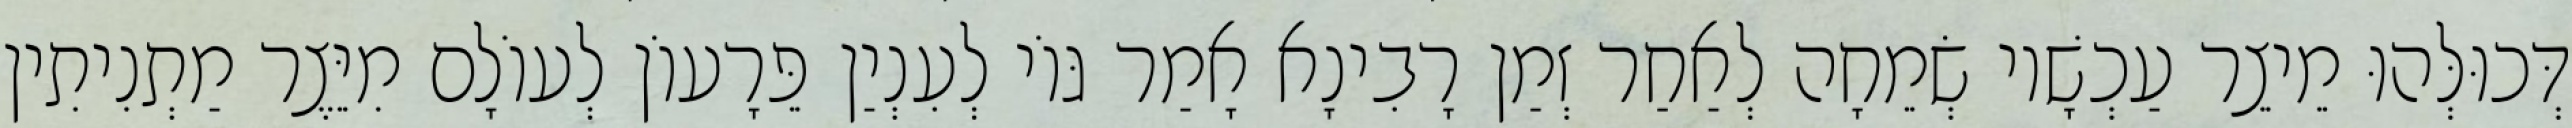
דְּכוּלְּהוּ מֵיצֵר עַכְשָׁיו שְׂמֵחָה לְאַחַר זְמַן רָבִינָא אָמַר גּוֹי לְעִנְיַן פֵּרָעוֹן לְעוֹלָם מִיֵּצֶר מַתְנִיתִין